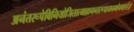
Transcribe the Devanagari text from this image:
अनंतरूपेविनियोजितात्माह्यनन्तरूपायनमोनमस्ते॥